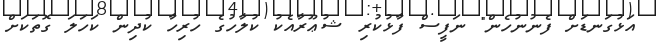
އަޅުގަނޑަށް ފެނުނުހެން" ނަފީސް ފާޅުކުރި ޝުޢޫރާއެކު ކުލާހުގެ ހުރިހާ ކުދިން ކަހަލަ ގޮތަކަށް